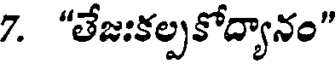
7. "తేజఃకల్పకోద్యానం"